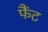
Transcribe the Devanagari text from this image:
फैंट